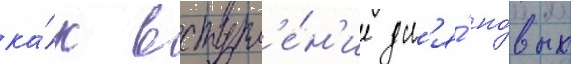
ка́к вступл'е́н'ие дл'я́ но́вых